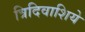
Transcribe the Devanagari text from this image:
त्रिदिवाशिये